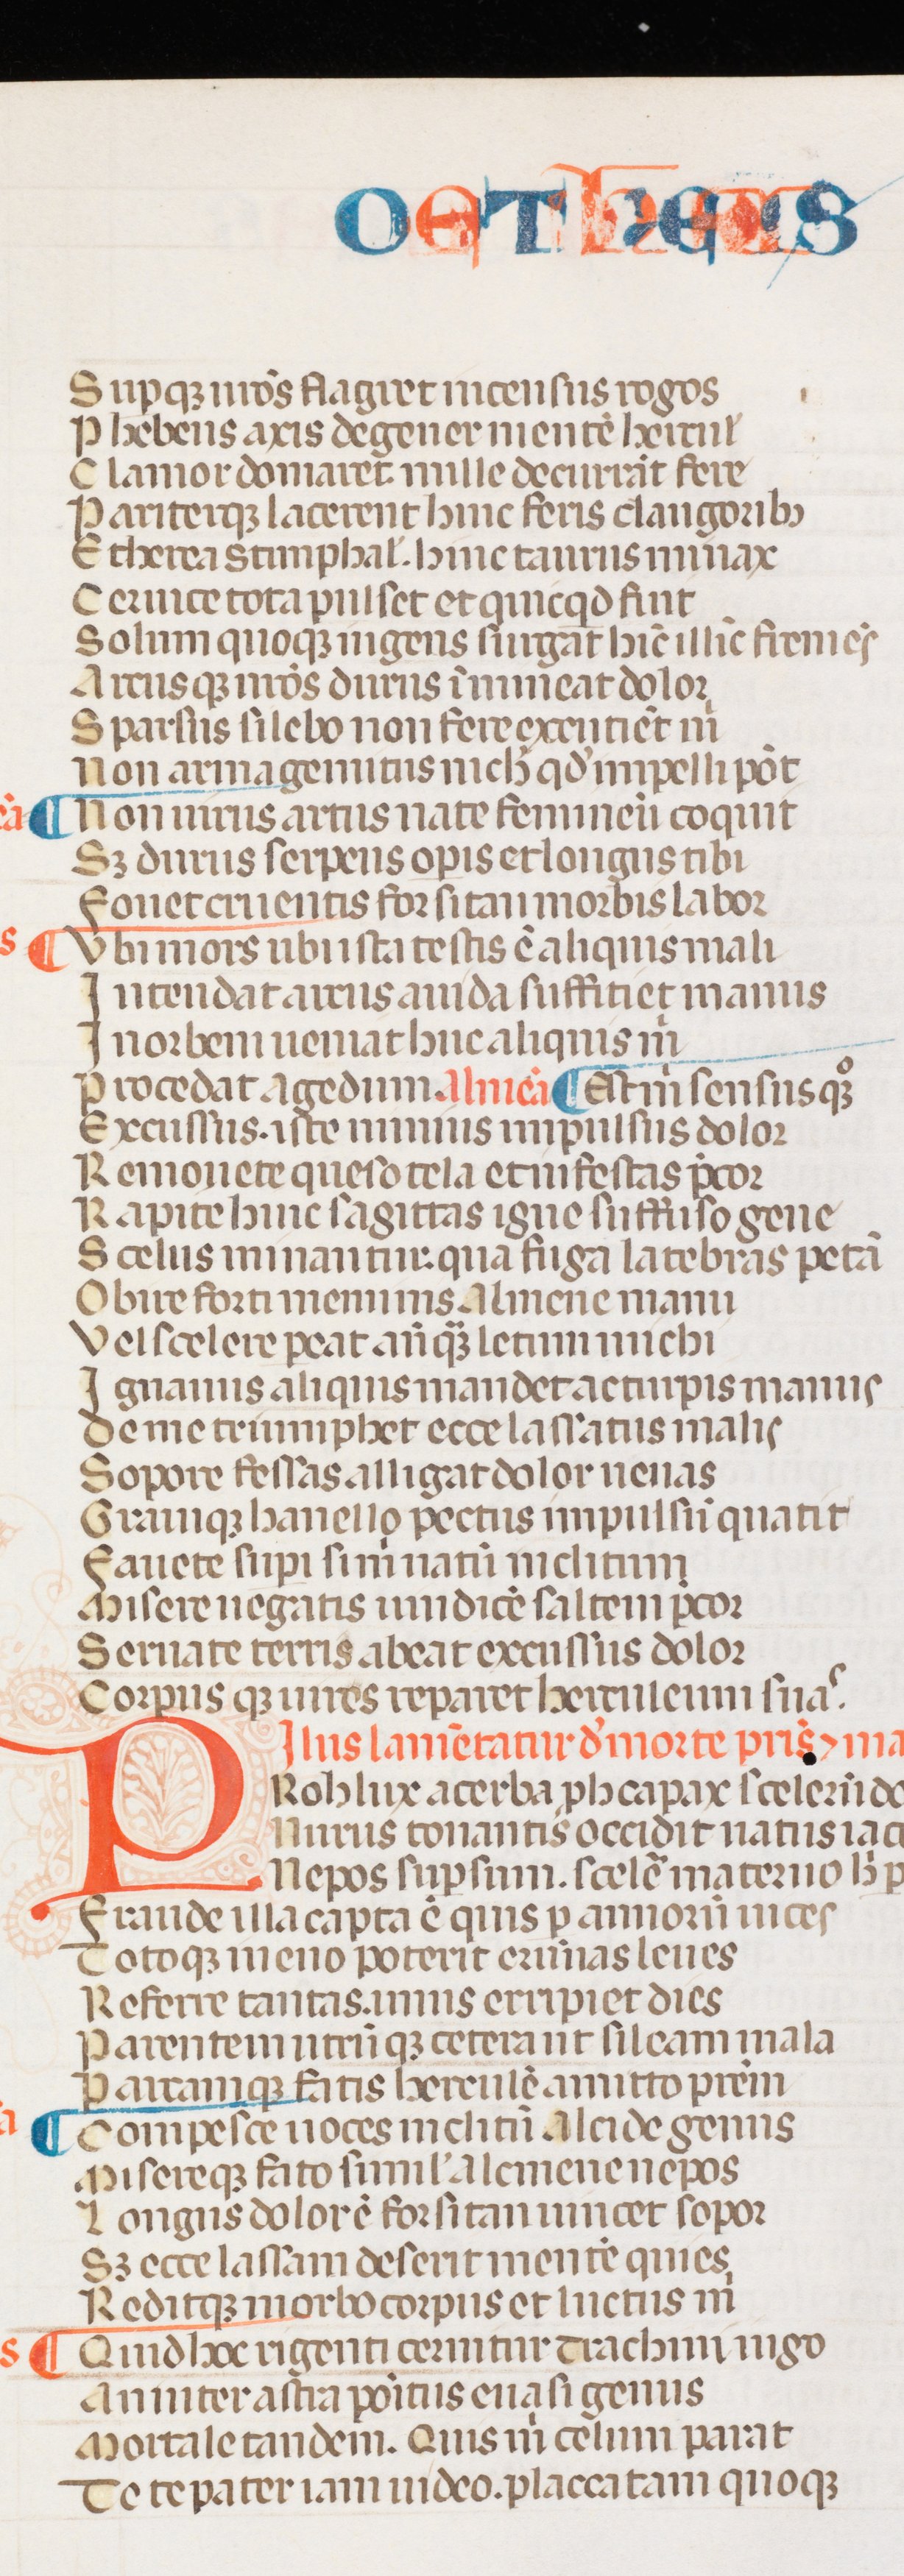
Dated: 1300–1399